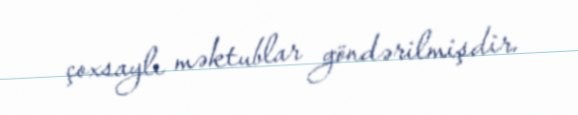
çoxsaylı məktublar göndərilmişdir.